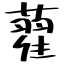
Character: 藋